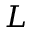
L